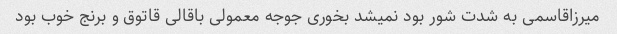
میرزاقاسمی به شدت شور بود نمیشد بخوری جوجه معمولی باقالی قاتوق و برنج خوب بود